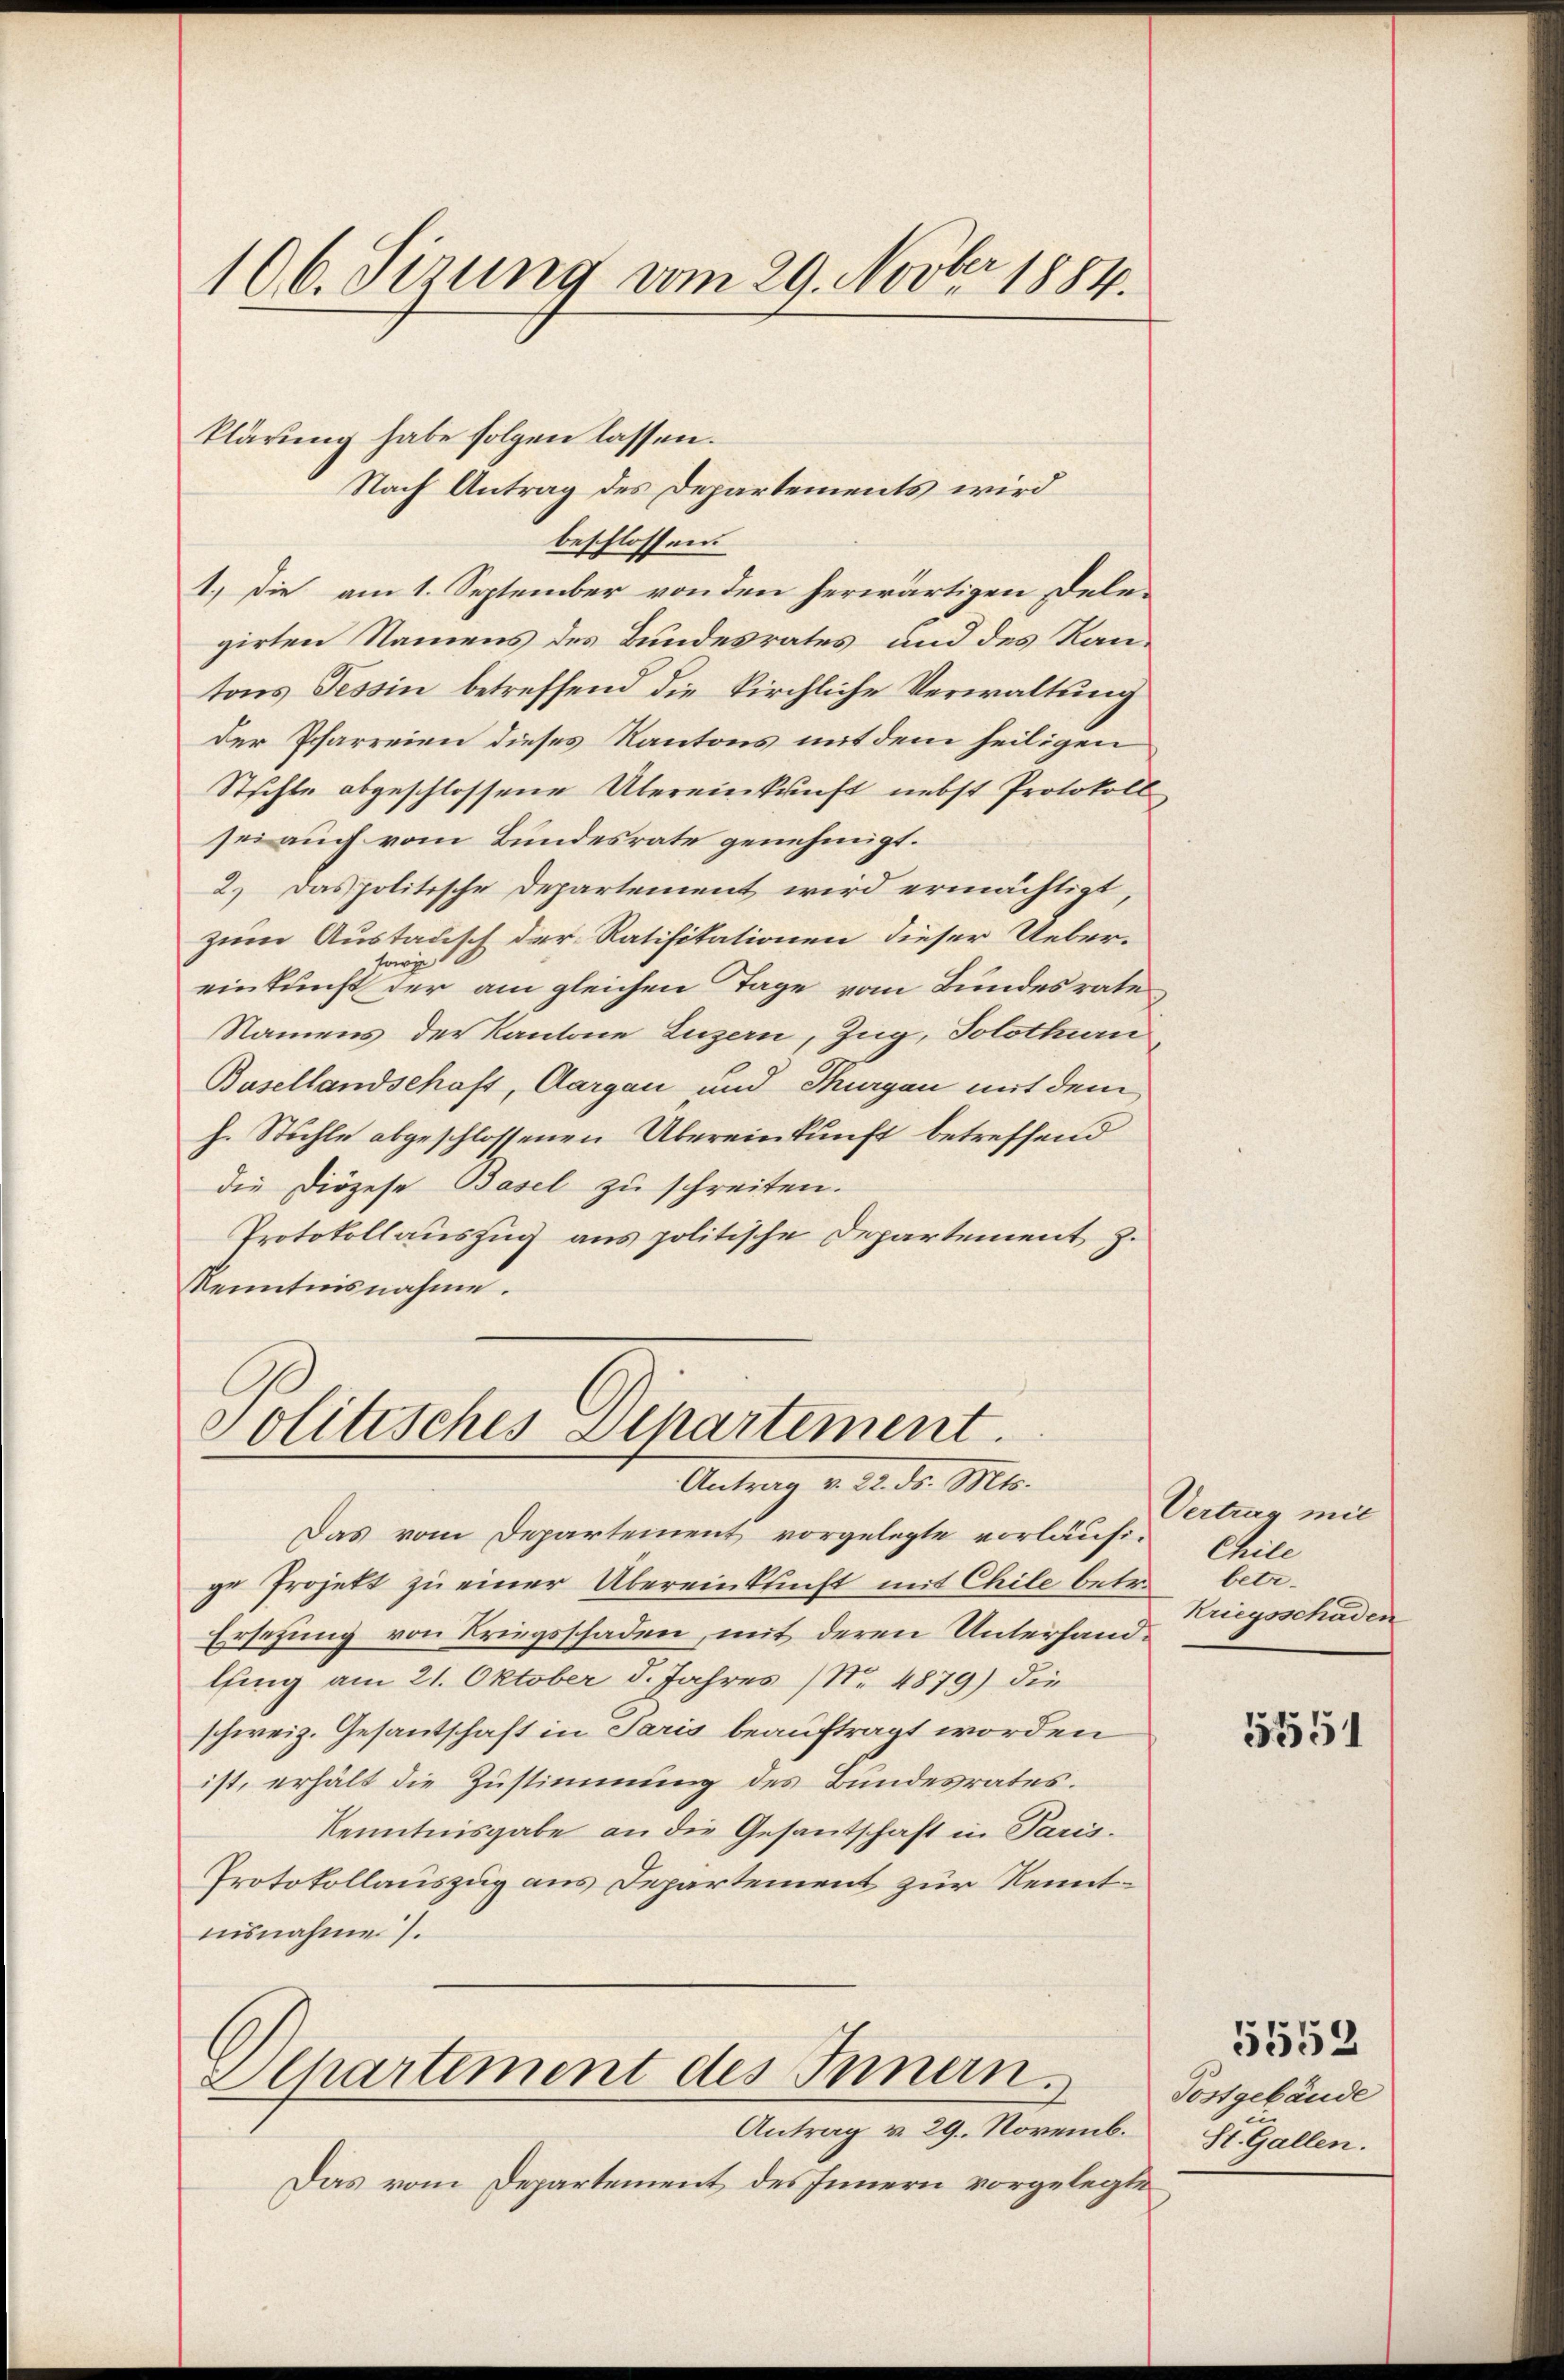
106. dirung vom 29. Novber 1884.

klärung habe folgen lassen.
Nach Antrag des Departements wird
beschlossen.
1.) Die am 1. September von den herwärtigen Dele-
girten Namens des Bundesrates und des Kantons Tessin betreffend die Kirchliche Verwaltung
der Pfarreien dieses Kantons mit dem heiligen
Stichte abgeschlossene Übereinkunft nebst Protokoll
sei auch vom Bundesrate genehmigt.
2.) Das politische Departement wird ermächtigt,
zum Austadisch der Ratifikationen dieser Ueber-
sowie
einkunft der am gleichen Tage vom Bundesrate
Namens der Kantone Luzern, Zug, Solothurn
Basellandschaft, Aargau und Thurgau mit dem
h. Stühle abgeschlossenen Übereinkunft betreffend
die Diözese Basel zu schreiten.
Protokollauszug aus politische Departement z.
Kenntnisnahme.

Solitisches Separtement.
Antrag v. 22. ds. Mts.

Das vom Departement vorgelegte vorläufige Projekt zu einer Übereinkunft mit Chile betr.
Ersetzung von Kriegsschaden, mit deren Unterhandlfing am 21. Oktober d. Jahres (Nr. 4879) die
schweiz. Gesantschaft in Paris beauftragt worden
ist, erhält die Zustimmung des Bundesrates.
Kenntnisgabe an die Gesantschaft in Paris.
Protokollauszug aus Departement zur Kenntnisnahmen 7.

Alhartement des Innern

Vertrag mit
Chile
betr.
Kriegsschäden

Das vom Departement des Innern vorgelegte

Antrag v. 29. Novemb.

5551

5552
Postgebäude
St. Gallen.